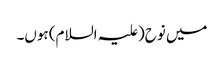
میں نوح(علیہ السلام) ہوں۔